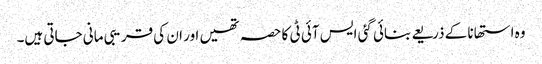
وہ استھانا کے ذریعے بنائی گئی ایس آئی ٹی کا حصہ تھیں اور ان کی قریبی مانی جاتی ہیں۔